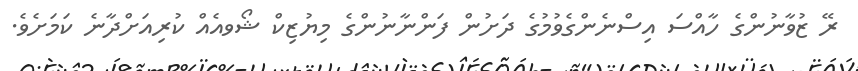
ރޭ ޒުވާނުންގެ ހާއްސަ އިސްނެންގެވުމުގެ ދަށުން ފަންނާނުންގެ މިޔުޒިކް ޝޯވއެއް ކުރިއަށްދާނެ ކަމަށެވެ.